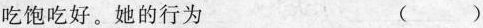
吃饱吃好。她的行为（）